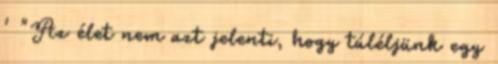
' "Az élet nem azt jelenti, hogy túléljünk egy